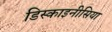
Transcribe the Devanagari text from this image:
डिस्काइनीसिया